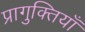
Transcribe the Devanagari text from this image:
प्रागुक्तियाँ